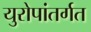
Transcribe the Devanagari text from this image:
युरोपांतर्गत